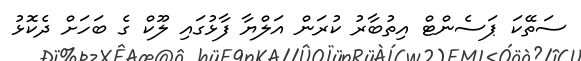
ސަތޭކަ ޕަސެންޓް އިތުބާރު ކުރަން އަލްޔާ ފާޅުގައި ލޫކް ގެ ބަހަށް ދެކޮޅު